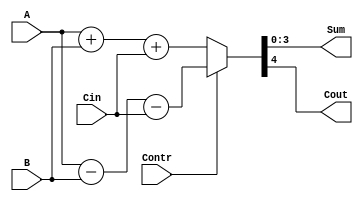
`timescale 1ns/1ps

module Parallel_Adder(Sum, Cout, A, B, Cin, Contr);
	
	output reg [3:0]Sum;
	output reg Cout;
	input [3:0]A,B;
	input Cin, Contr;
	//reg [3:0]Bbar;

always@(*)
begin
	if (Contr) {Cout,Sum} = A-B-Cin;
	else {Cout,Sum} = A+B+Cin;

end

endmodule

module Parallel_Adder_tb();
	wire [3:0]Sum;
	wire Cout;
	reg [3:0]A,B;
	reg Cin,Contr;

Parallel_Adder pa0(Sum, Cout, A, B, Cin, Contr);

initial 
begin
	A = 4'd10;
	B = 4'd15;
	Cin = 1'b0;
	Contr = 1'b1;
	Contr = # 15 1'b0;


end
endmodule